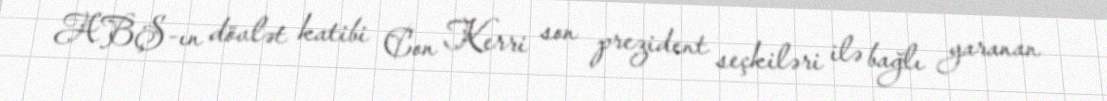
ABŞ-ın dövlət katibi Con Kerri son prezident seçkiləri ilə bağlı yaranan